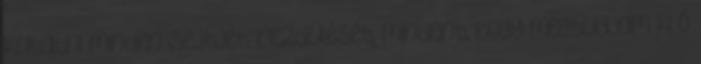
kutatni minden sejtjét, rezdülését, mindent, hogy megtudjam ki ő